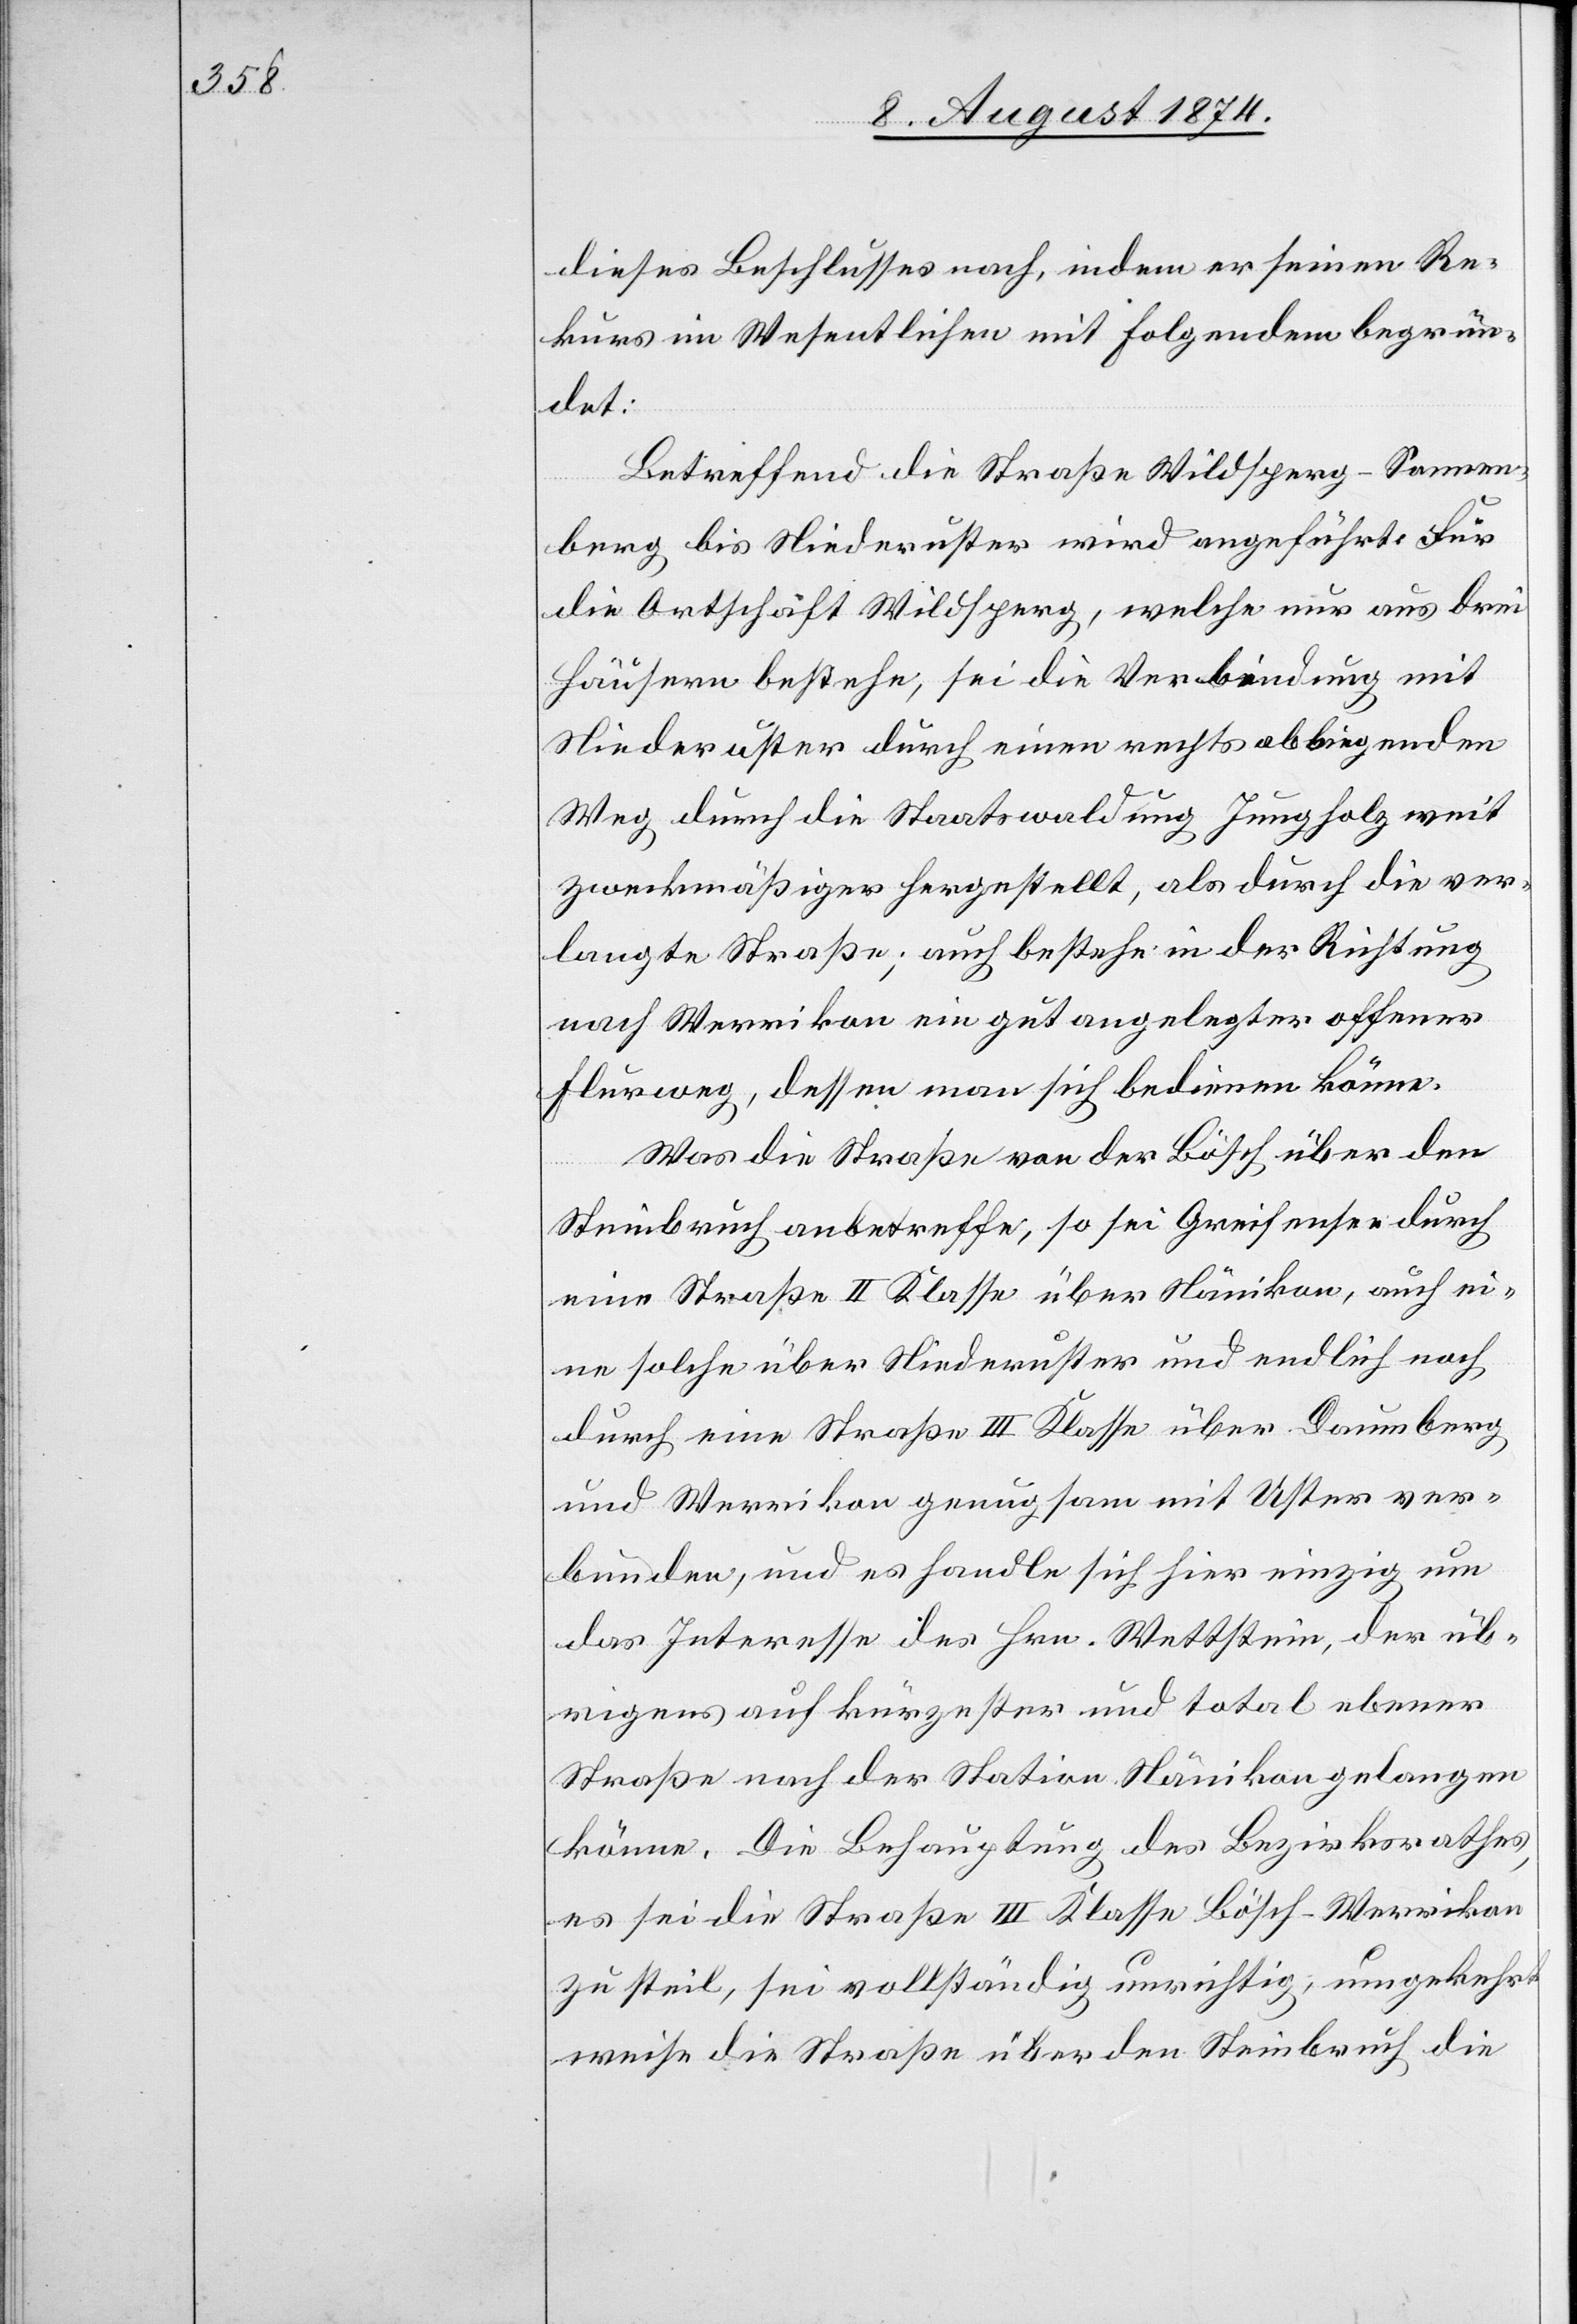
dieses Beschlusses nach, indem er seinen Re¬
kurs im Wesentlichen mit Folgendem begrün¬
det:
Betreffend die Straße Wildsperg–Sonnen¬
berg bis Niederuster wird angeführt: Für
die Ortschaft Wildsperg, welche nur aus drei
Häusern bestehe, sei die Verbindung mit
Niederuster durch einen rechts abbiegenden
Weg durch die Staatswaldung Jungholz weit
zweckmäßiger hergestellt, als durch die ver¬
langte Straße; auch bestehe in der Richtung
nach Werrikon ein gut angelegter offener
Flurweg, dessen man sich bedienen könne.
Was die Straße von der Bösch über den
Steinbruch anbetreffe, so sei Greifensee durch
eine Straße II. Klasse über Nänikon, auch ei¬
ne solche über Niederuster und endlich noch
durch eine Straße III. Klasse über Daumberg
und Werrikon genugsam mit Uster ver¬
bunden, und es handle sich hier einzig um
das Interesse des Hrn. Wettstein, der üb¬
rigens auf kürzester und total ebener
Straße nach der Station Nänikon gelangen
könne. Die Behauptung des Bezirksrathes
es sei die Straße III. Klasse Bösch–Werrikon
zu steil, sei vollständig unrichtig, umgekehrt
weise die Straße über den Steinbruch die